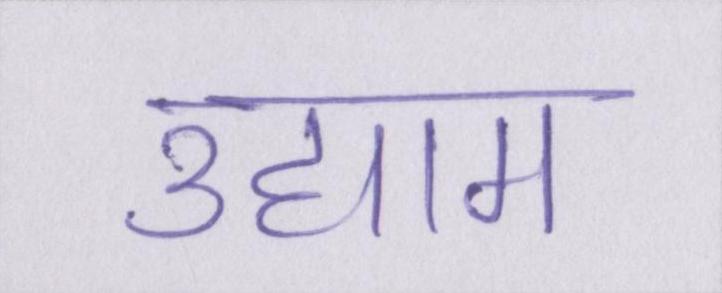
उद्याम